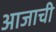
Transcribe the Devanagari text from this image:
आजाची